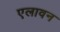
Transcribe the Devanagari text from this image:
एलावन